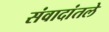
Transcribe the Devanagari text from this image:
संवादांतले